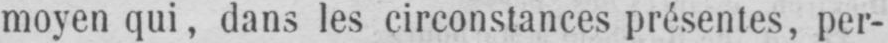
moyen qui, dans les circonstances présentes, per-